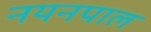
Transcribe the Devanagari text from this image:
नयनपाल